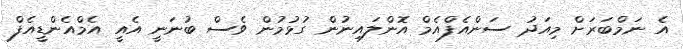
އެ ނަމްބަރަށް މިއަދު ސަންއެފްއެމް އޮންލައިނުން ގުޅުމުން ވެސް ބުނަނީ އެއީ އެމްއެންޑީއެފް